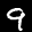
Label: 9